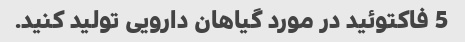
5 فاکتوئید در مورد گیاهان دارویی تولید کنید.